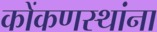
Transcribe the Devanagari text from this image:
कोंकणस्थांना